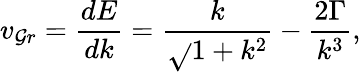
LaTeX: {v_{\mathcal{G}r}}=\frac{{{dE}}}{{{dk}}}=\frac{{k}}{{{\sqrt{}{{1+{k^{2}}}}}}}-\frac{{{2\Gamma}}}{{{{k^{3}}}}},